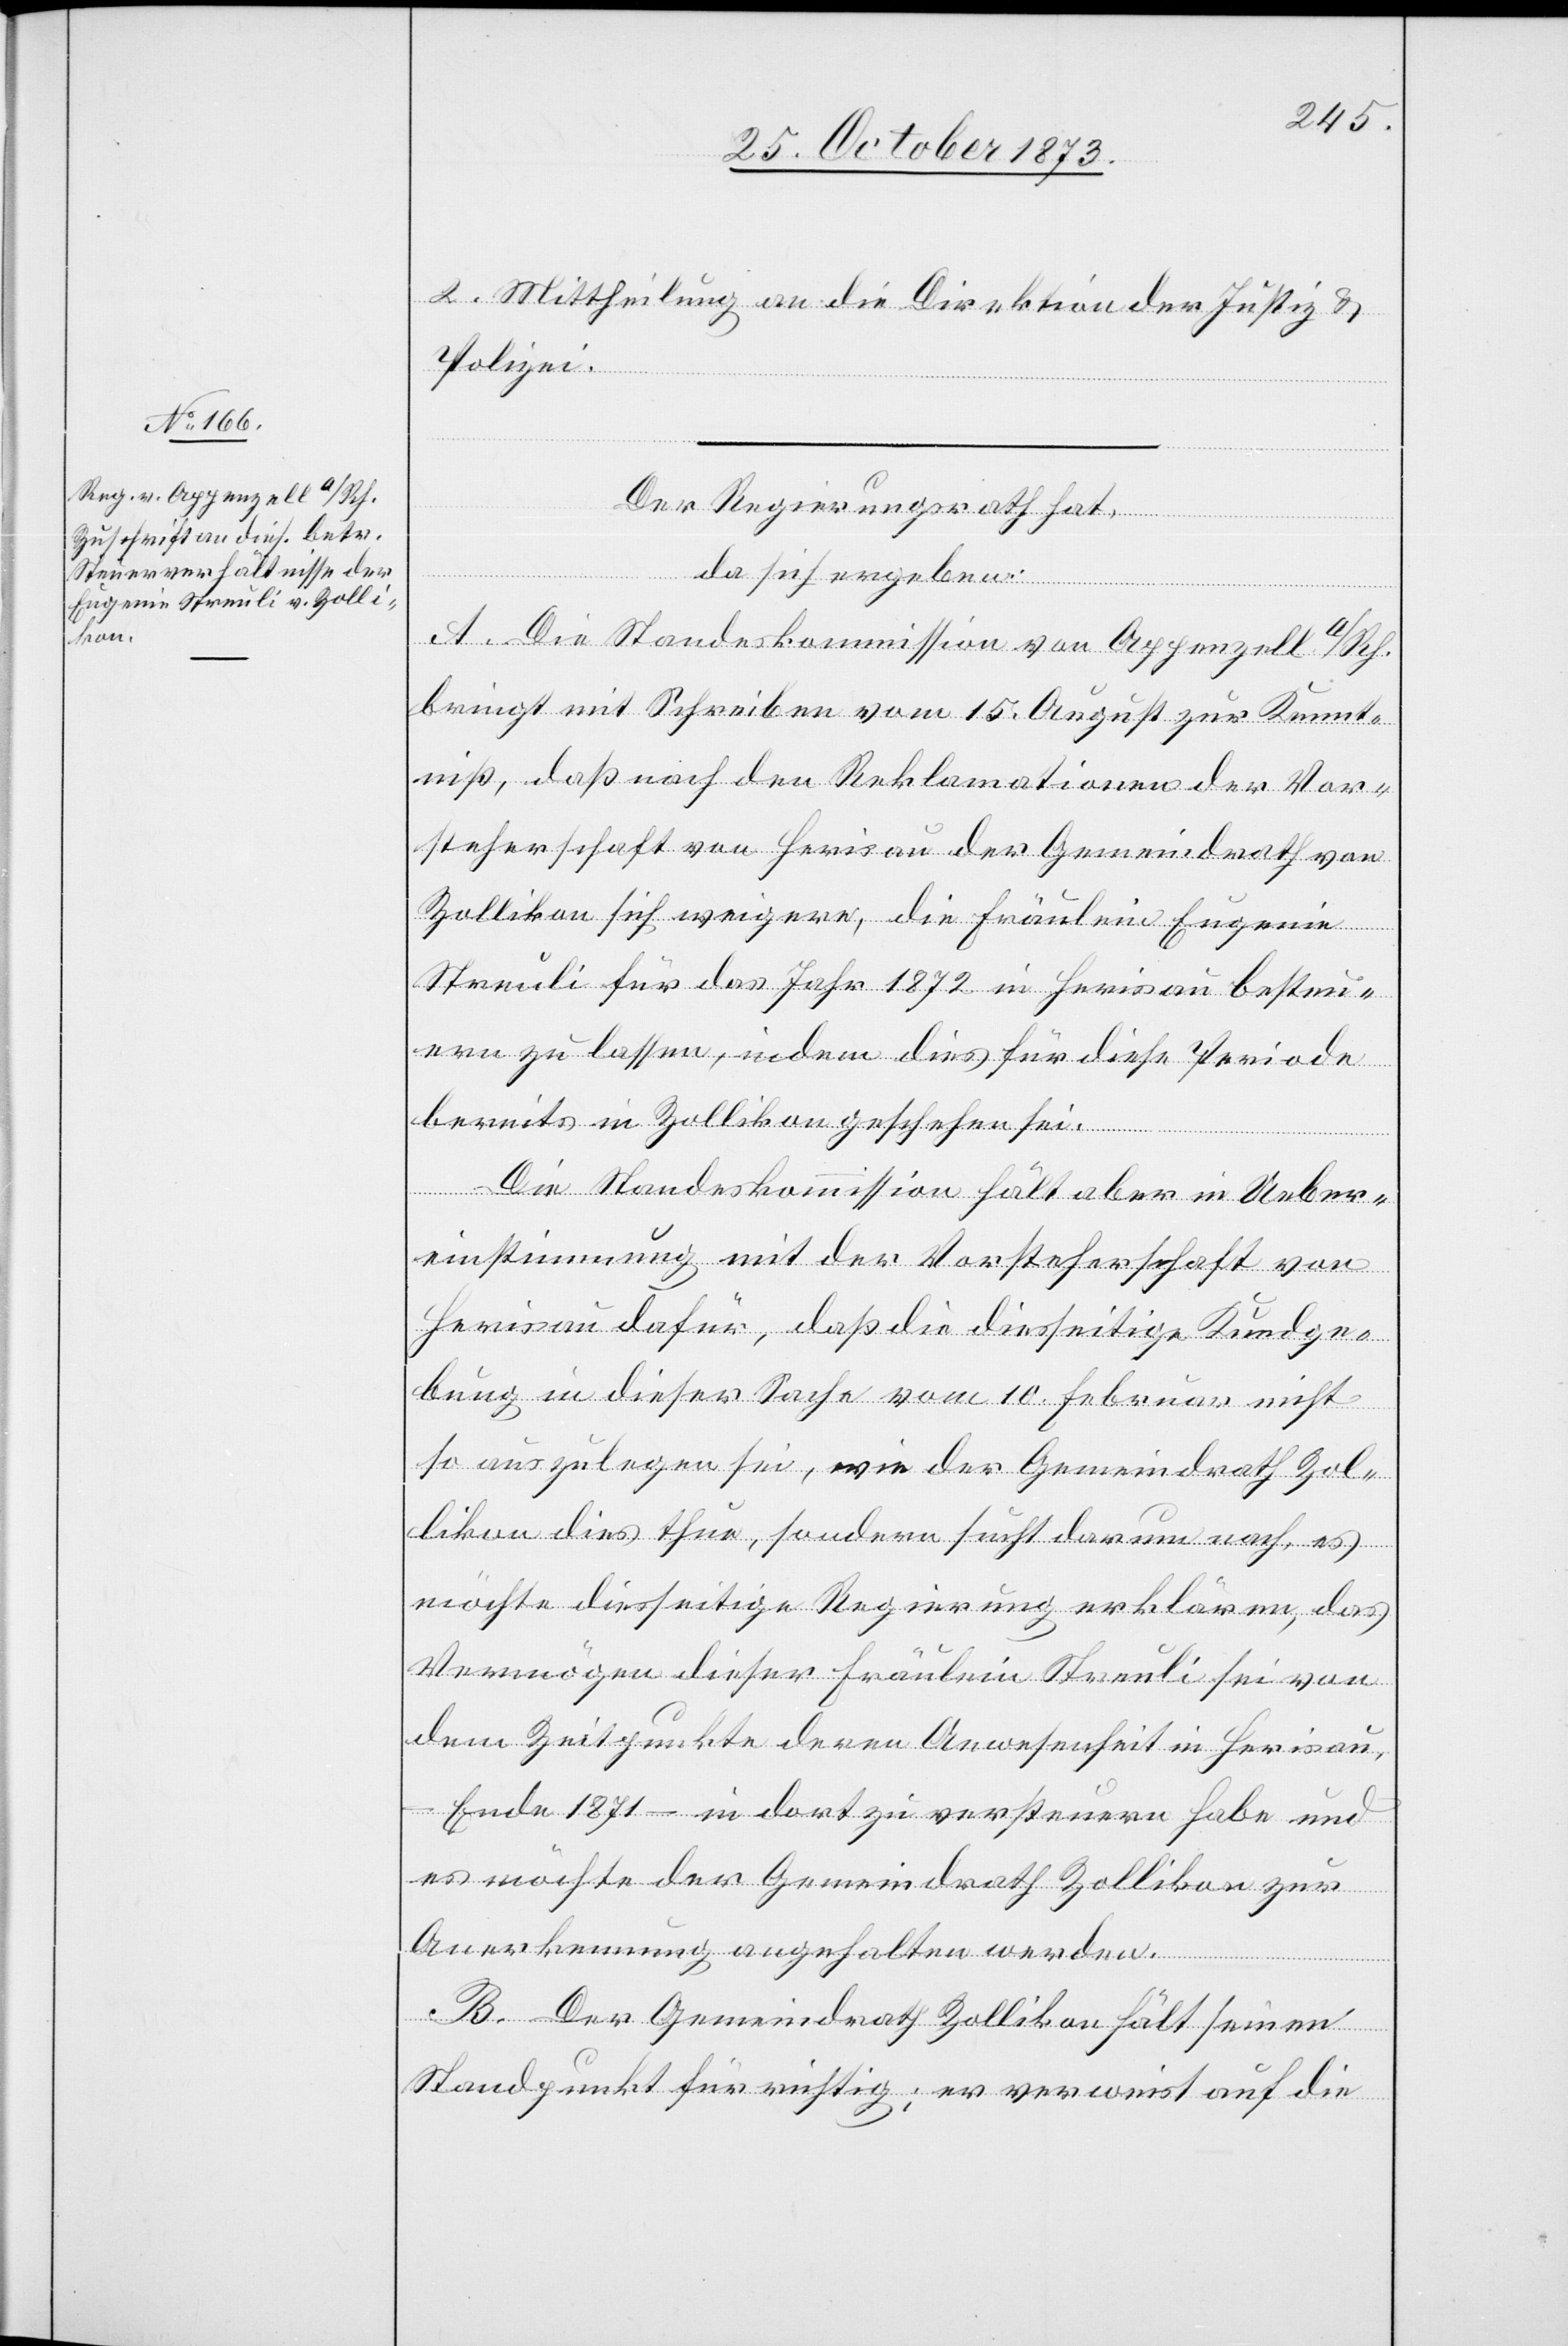
2. Mittheilung an die Direktion der Justiz &
Polizei.
Der Regierungsrath hat,
da sich ergeben:
A. Die Standeskommission von Appenzell a/Rh.
bringt mit Schreiben vom 15. August zur Kennt¬
niß, daß nach den Reklamationen der Vor¬
steherschaft von Herisau der Gemeindrath von
Zollikon sich weigere, die Fräulein Eugenie
Streuli für das Jahr 1872 in Herisau besteu¬
ern zu lassen, indem dies für diese Periode
bereits in Zollikon geschehen sei.
Die Standeskommission hält aber in Ueber¬
einstimmung mit der Vorsteherschaft von
Herisau dafür, daß die diesseitige Kundge¬
bung in dieser Sache vom 10. Februar nicht
so auszulegen sei, wie der Gemeindrath Zol¬
likon dies thue, sondern sucht darum nach, es
möchte diesseitige Regierung erklären, das
Vermögen dieser Fräulein Streuli sei von
dem Zeitpunkte deren Anwesenheit in Herisau,
Ende 1871 – in dort zu versteuern habe und
es möchte der Gemeindrath Zollikon zur
Anerkennung angehalten werden.
B. Der Gemeindrath Zollikon hält seinen
Standpunkt für richtig; er verweist auf die